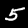
Label: 5